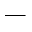
\_